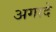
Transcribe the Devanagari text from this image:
अगादे